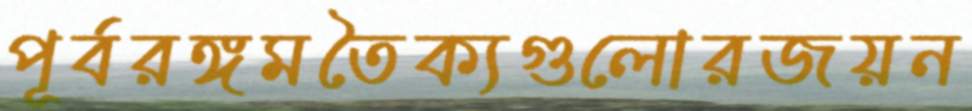
পূর্বরঙ্গমতৈক্যগুলোরজয়ন